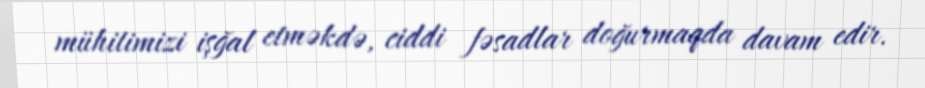
mühitimizi işğal etməkdə, ciddi fəsadlar doğurmaqda davam edir.